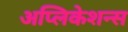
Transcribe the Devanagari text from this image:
अप्लिकेशन्स